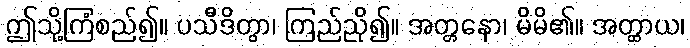
ဤသို့ကြံစည်၍။ ပသီဒိတွာ၊ ကြည်ညို၍။ အတ္တနော၊ မိမိ၏။ အတ္ထာယ၊